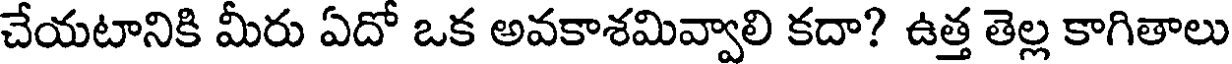
చేయటానికి మీరు ఏదో ఒక అవకాశమివ్వాలి కదా? ఉత్త తెల్ల కాగితాలు